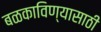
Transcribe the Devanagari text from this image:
बळकाविण्यासाठी